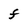
Character: F